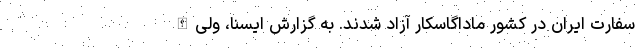
سفارت ایران در کشور ماداگاسکار آزاد شدند. به گزارش ایسنا، ولی‌الله